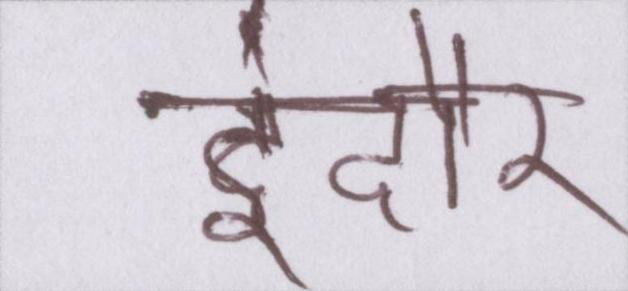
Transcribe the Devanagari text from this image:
इंदौर